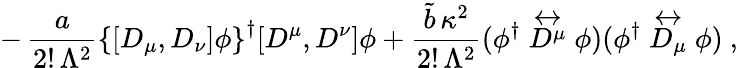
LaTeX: -\, {\frac{a}{2!\, \Lambda^{2}}}\left\{ [D_{\mu},D_{\nu}]\phi\right\} ^{\dagger}[D^{\mu},D^{\nu}]\phi+{\frac{\tilde{b}\, \kappa^{2}}{2!\, \Lambda^{2}}}(\phi^{\dagger}\stackrel{\leftrightarrow}{D^{\mu}}\phi)(\phi^{\dagger}\stackrel{\leftrightarrow}{D_{\mu}}\phi)~,